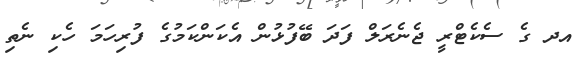
އދ ގެ ސެކެޓްރީ ޖެނެރަލް ފަދަ ބޭފުޅުން އެކަންކަމުގެ ފުރިހަމަ ހެކި ނެތި